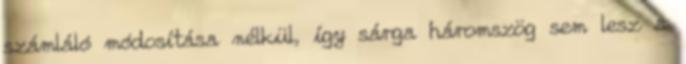
számláló módosítása nélkül, így sárga háromszög sem lesz a